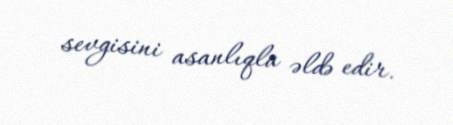
sevgisini asanlıqla əldə edir.